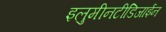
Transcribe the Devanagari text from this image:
इलुमीनटीडिजाईन